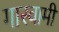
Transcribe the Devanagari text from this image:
गास्वामी